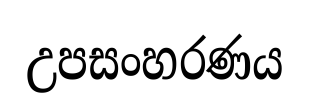
උපසංහරණය